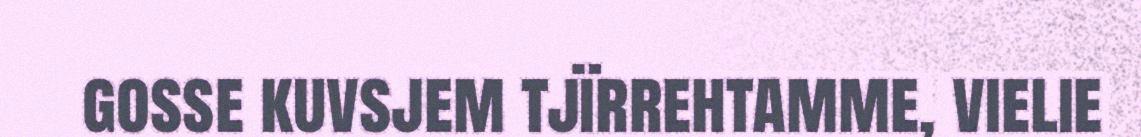
gosse kuvsjem tjïrrehtamme, vielie